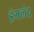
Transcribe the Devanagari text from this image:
इंगलंद